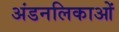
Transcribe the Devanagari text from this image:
अंडनलिकाओं